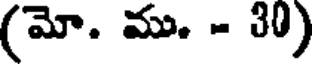
(మో. ము. - 30)